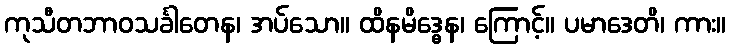
ကုသီတဘာဝသင်္ခါတေန၊ အပ်သော။ ထိနမိဒ္ဓေန၊ ကြောင့်။ ပမာဒေတိ၊ ကား။